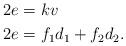
LaTeX: \begin{align*}2e&=kv\\2e&=f_1d_1+f_2d_2.\end{align*}